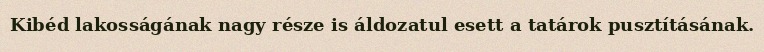
Kibéd lakosságának nagy része is áldozatul esett a tatárok pusztításának.